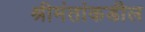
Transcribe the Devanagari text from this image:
श्रीमंतांकडील